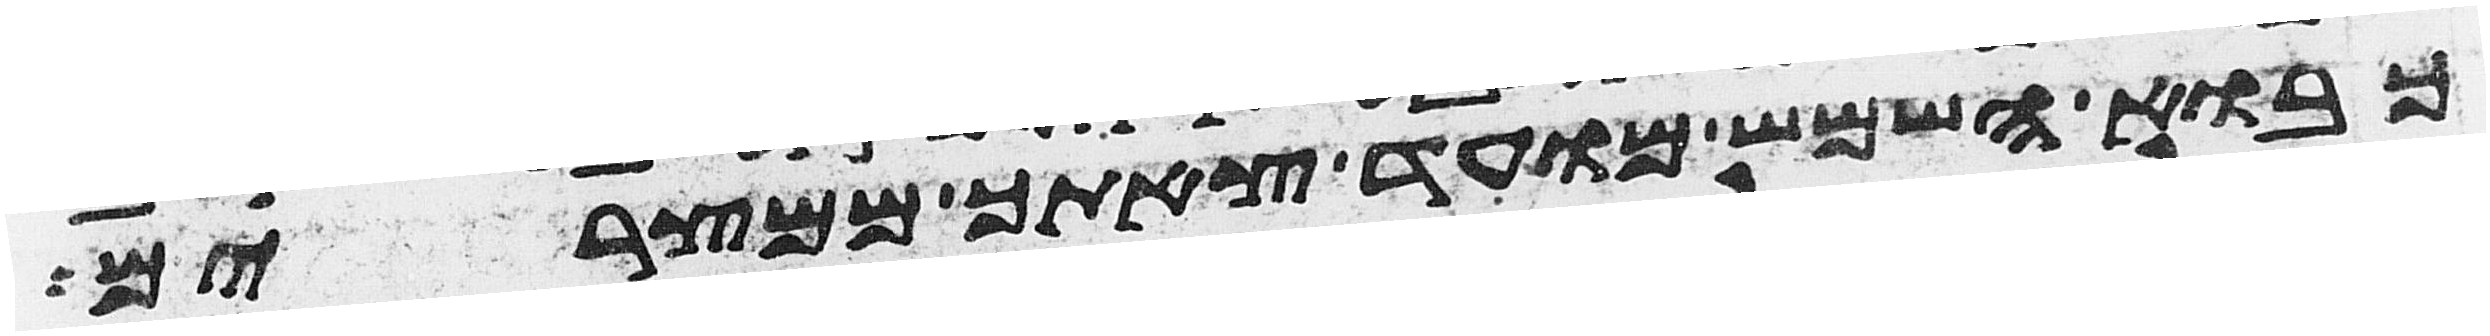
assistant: כבוא השמש מועד צאתך ממצרים